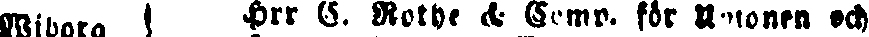
Wiborg ! hrr S. Rothe & Komp. för Anonen och